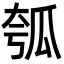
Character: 瓠